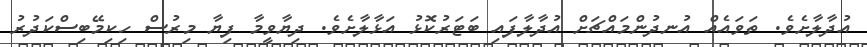
އުދާލާށެވެ. ތަވައެއް އުނދުންމައްޗަށް އުދާލާފައި ބަޓަރުކޮޅު އަޅާލާށެވެ. ދިޔާވީމާ ފިޔާ މިރުސް ހިކިމޭބިސްކަދުރު